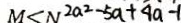
M < N ^ { 2 a ^ { 2 } - 5 a + 4 a - 1 }